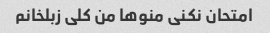
امتحان نکنی منوها من کلی زبلخانم